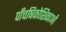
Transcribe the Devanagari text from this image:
पाँचषिकोशिकाओं